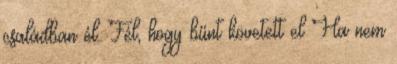
családban él. Fél, hogy bűnt követett el Ha nem